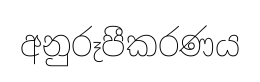
අනුරූපීකරණය